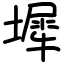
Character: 墀